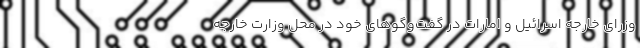
وزرای خارجه اسرائیل و امارات در گفت‌وگوهای خود در محل وزارت خارجه